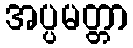
အပ္ပမတ္တာ